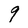
Character: 9